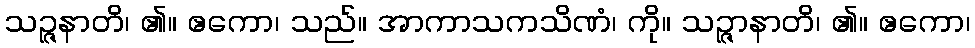
သဉ္ဇနာတိ၊ ၏။ ဧကော၊ သည်။ အာကာသကသိဏံ၊ ကို။ သဉ္ဇာနာတိ၊ ၏။ ဧကော၊